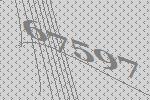
67597